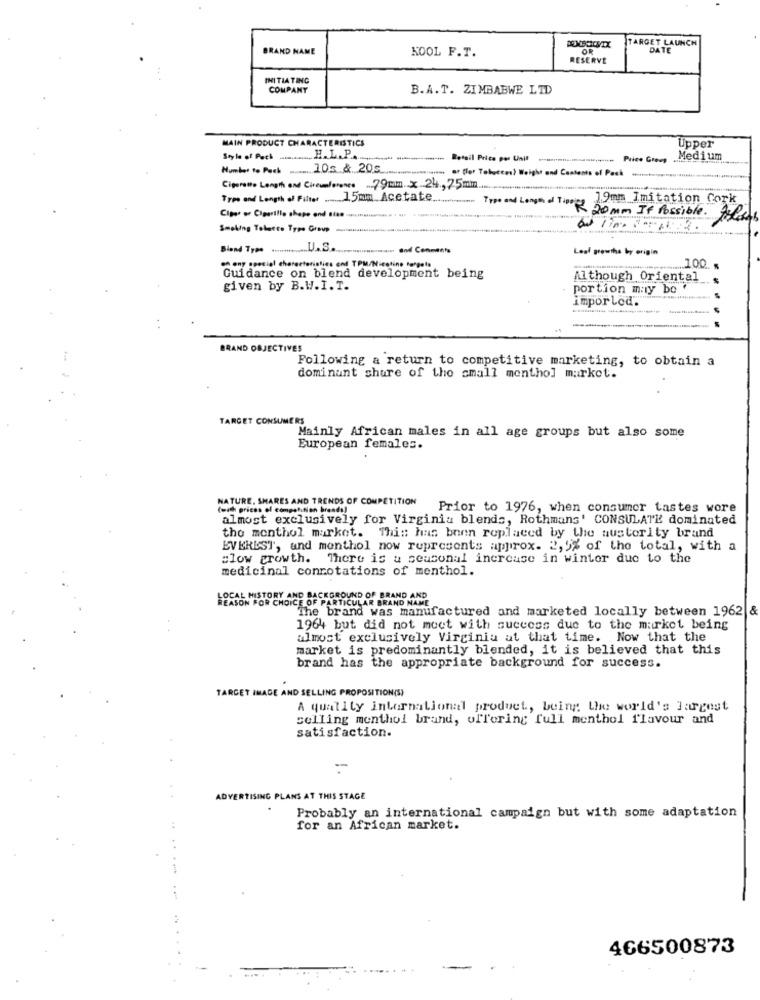
TARGET LAUNCH
BRAND NAME
KOOL F.T.
OF
DATE
RESERVE
INITIATING
COMPANY
B.A.T. ZIMBABWE LTD
MAIN PRODUCT CHARACTERISTICS
Upper
Style of Pack
H.L. P ....
Retail Price per Unit
Medium
10s & 20g
ar fler Tobaccos) Weight and Contents of Pack
Cigarette Length and Circum/rosso .79mm x 24,75m
Tres and Length . Fihw ...... 15mm. Acetate ..
19mm Imitation Cork
Ciper or Cigarillo shape and sia. ...........
Type and Longer a Topik 20 mm If Possible. tilos
Smoking Tobacco Type Group
Hi- end Comments
Loof growths by origin
en ony special characteristics end TPM/Nicotine targets
...... 100.
Guidance on blend development being
Although Oriental
given by B.W.I. T.
portion may be
imporled.
BRAND OBJECTIVES
Following a return to competitive marketing, to obtain a
dominant shure of the small menthol market.
TARGET CONSUMERS
Mainly African males in all age groups but also some
European females.
NATURE. SHARES AND TRENDS OF COMPETITION
(with prices of competition breads!
Prior to 1976, when consumer tastes wore
almost exclusively for Virginia blends, Rothmans' CONSULATE dominated
the monthol market. This has been replaced by the austerity brand
EVEREST, and monthol now represents approx. 2, 5% of the total, with a
clow growth. There is a seasonal increase in winter due to the
medicinal connotations of menthol.
LOCAL HISTORY AND BACKGROUND OF BRAND AND
REASON FOR CHOICE OF PARTICULAR BRAND NAME
The brand was manufactured and marketed locally between 1962 8
1964 but did not moct with success due to the market being
almost exclusively Virginia at that time. Now that the
market is predominantly blended, it is believed that this
brand has the appropriate background for success.
TARGET IMAGE AND SELLING PROPOSITION(S)
A quality international produet, being the world's largest
celling menthol brand, offering full menthol flavour and
satisfaction.
ADVERTISING PLANS AT THIS STAGE
Probably an international campaign but with some adaptation
for an African market.
466500873